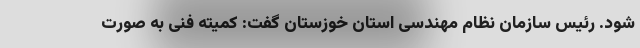
شود. رئیس سازمان نظام مهندسی استان خوزستان گفت: کمیته فنی به صورت